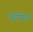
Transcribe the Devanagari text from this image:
कैमिल